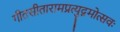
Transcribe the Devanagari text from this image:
गीतसीतारामप्रत्युद्गमोत्सवः